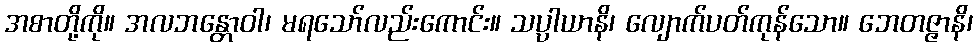
အစာတို့ကို။ အလဘန္တောဝါ၊ မရသော်လည်းကောင်း။ သပ္ပါယာနိ၊ လျောက်ပတ်ကုန်သော။ ဘေတဇ္ဇာနိ၊